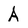
Character: A